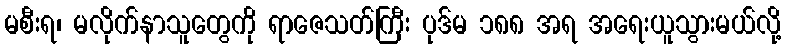
မစီးရ၊ မလိုက်နာသူတွေကို ရာဇေသတ်ကြီး ပုဒ်မ ၁၈၈ အရ အရေးယူသွားမယ်လို့